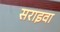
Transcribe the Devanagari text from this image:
सराइवा